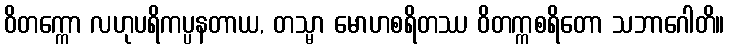
ဝိတက္ကော လဟုပရိကပ္ပနတာယ, တသ္မာ မောဟစရိတဿ ဝိတက္ကစရိတော သဘာဂေါတိ။